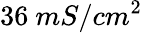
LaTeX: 36\ mS/cm^{2}